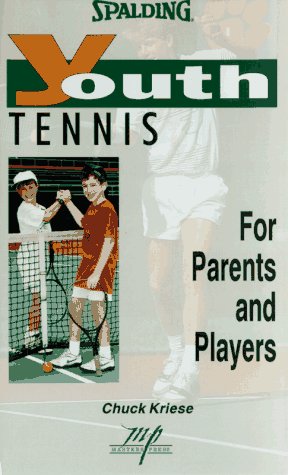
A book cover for Youth Tennis (Spalding Youth Series); Chuck Kriese; Sports & Outdoors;